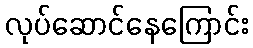
လုပ်ဆောင်နေကြောင်း